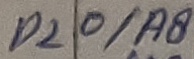
Text: P20/A8